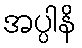
အပ္ပါနိ